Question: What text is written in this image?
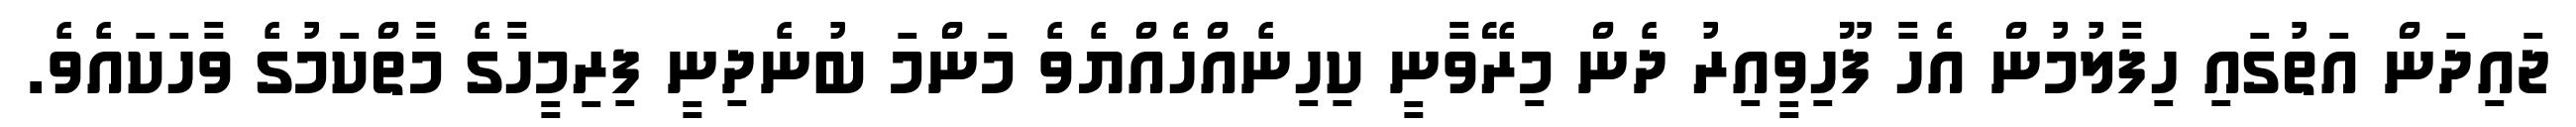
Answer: ޖައިދަން އަތުގައި ހިފާލުމުން އެހާ ފޫހިވީއިރު ދެން މިރޭވާނީ ކިހިނެއްހެއްޔެވެ މަންމަ ބުނެދިނީ ފިރިމީހާގެ މާތްކަމުގެ ވާހަކައެވެ.